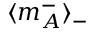
\langle m _ { A } ^ { - } \rangle _ { - }